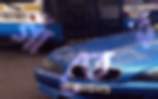
গাঁতের